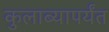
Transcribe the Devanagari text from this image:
कुलाब्यापर्यंत